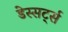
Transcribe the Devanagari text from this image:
डेस्सर्ट्स